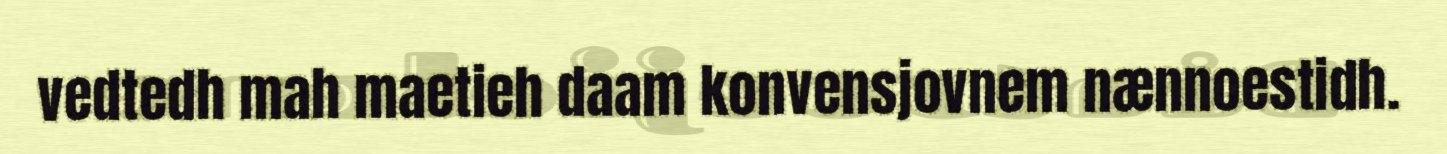
vedtedh mah maetieh daam konvensjovnem nænnoestidh.